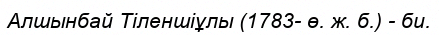
Алшынбай Тіленшіұлы (1783- ө. ж. б.) - би.